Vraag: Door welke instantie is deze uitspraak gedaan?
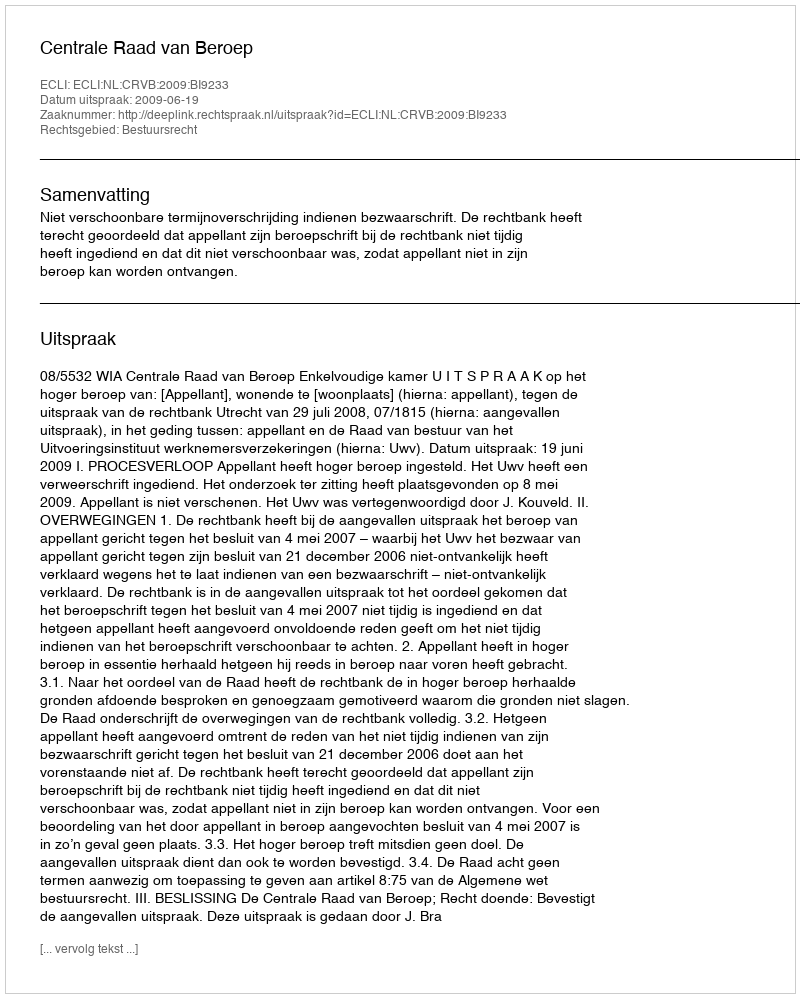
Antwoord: Centrale Raad van Beroep